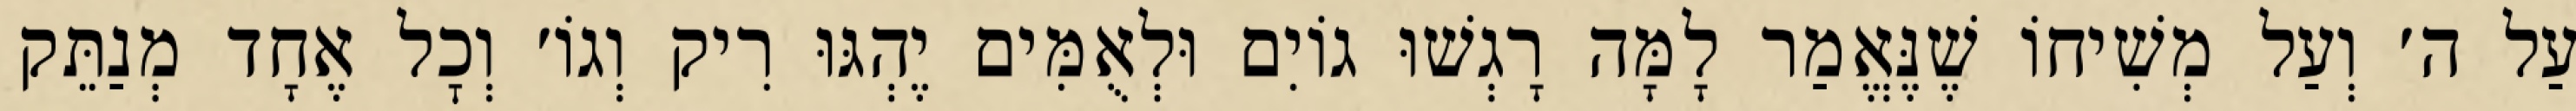
עַל ה׳ וְעַל מְשִׁיחוֹ שֶׁנֶּאֱמַר לָמָּה רָגְשׁוּ גוֹיִם וּלְאֻמִּים יֶהְגּוּ רִיק וְגוֹ׳ וְכׇל אֶחָד מְנַתֵּק